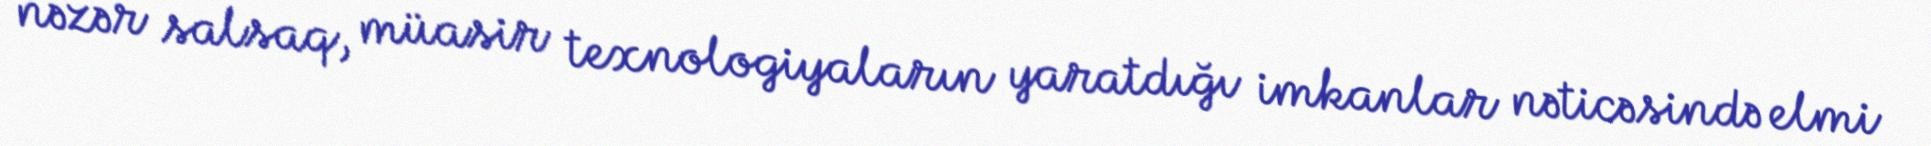
nəzər salsaq, müasir texnologiyaların yaratdığı imkanlar nəticəsində elmi